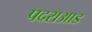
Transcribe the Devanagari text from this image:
पदराआड